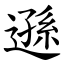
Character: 遜